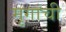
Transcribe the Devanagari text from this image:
मृगांची